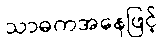
သာဓကအနေဖြင့်